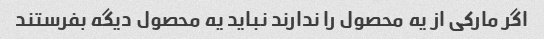
اگر مارکی از یه محصول را ندارند نباید یه محصول دیگه بفرستند